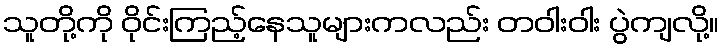
သူတို့ကို ဝိုင်းကြည့်နေသူများကလည်း တဝါးဝါး ပွဲကျလို့။